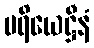
ပရိယေဋ္ဌီနံ